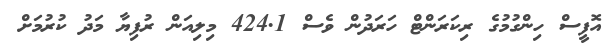
އޮފީސް ހިންގުމުގެ ރިކަރަންޓް ހަރަދުން ވެސް 424.1 މިލިއަން ރުފިޔާ މަދު ކުރުމަށް